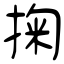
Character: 掬